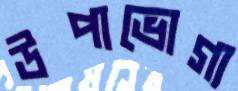
উপাভোগ্য